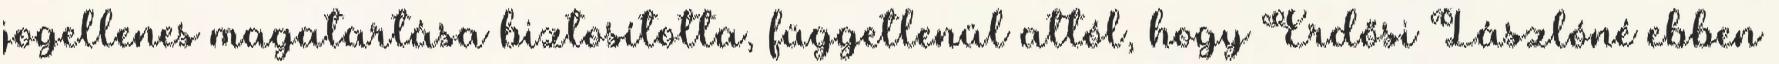
jogellenes magatartása biztosította, függetlenül attól, hogy Erdősi Lászlóné ebben